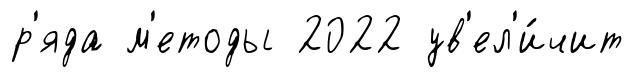
р'яда м'етоды 2022 ув'ел'и́чит